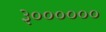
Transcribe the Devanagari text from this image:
३००००००